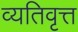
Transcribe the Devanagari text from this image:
व्यतिवृत्त